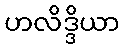
ဟလိဒ္ဒိယာ